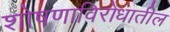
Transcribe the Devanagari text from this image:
शोषणाविरोधातील